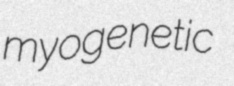
myogenetic